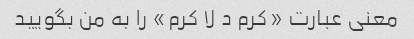
معنی عبارت «کرم د لا کرم» را به من بگویید